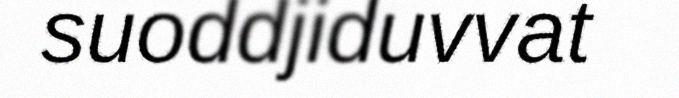
suoddjiduvvat